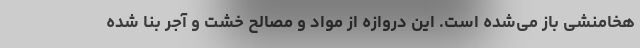
هخامنشی باز می‌شده است. این دروازه از مواد و مصالح خشت و آجر بنا شده